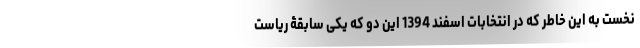
نخست به این خاطر که در انتخابات اسفند 1394 این دو که یکی سابقۀ ریاست